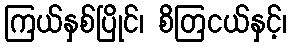
ကြယ်နှစ်ပြိုင်၊ စိတြငယ်နှင့်၊